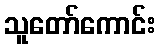
သူတော်ကောင်း